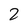
Character: 2